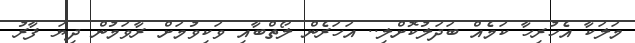
މަލަކާ އެހުރިހާ ކަމެއް ބަދަލުކޮށްލި.. އަހަރެން ލޯތްބާއި ވަކިވުމަށް ރާވަމުން ދިޔަ ފާރު